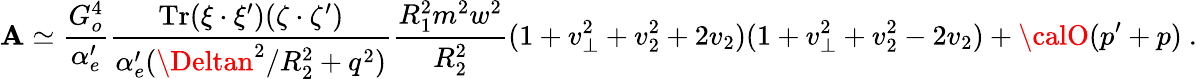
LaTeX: {\cal\mathbf{A}}\simeq\frac{{G_{o}^{4}}}{{\alpha_{e}^{\prime}}}\frac{{\mathrm{{Tr}}(\xi\cdot\xi^{\prime})(\zeta\cdot\zeta^{\prime})}}{{\alpha_{e}^{\prime}(\Deltan^{2}/R_{2}^{2}+q^{2})}}\frac{{R_{1}^{2}m^{2}w^{2}}}{{R_{2}^{2}}}(1+v_{\perp}^{2}+v_{2}^{2}+2v_{2})(1+v_{\perp}^{2}+v_{2}^{2}-2v_{2})+{\calO}(p^{\prime}+p)~.